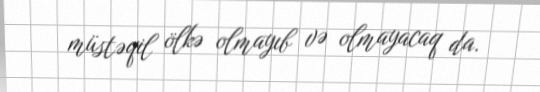
müstəqil ölkə olmayıb və olmayacaq da.